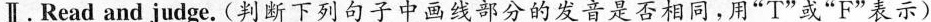
Ⅱ.Read and judge.(判断下列句子中画线部分的发音是否相同,用"T"或"F"表示)